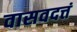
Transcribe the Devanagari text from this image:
वासवदत्तं